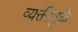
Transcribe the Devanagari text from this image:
व्यक्तीमुळे